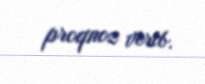
proqnoz verib.